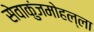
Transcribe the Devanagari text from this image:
सेवाकुंजमोहल्ला